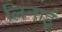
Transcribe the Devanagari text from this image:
लिनाई